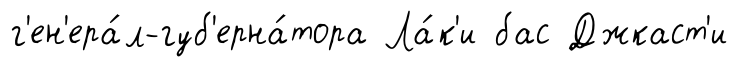
г'ен'ера́л-губ'ерна́тора Ла́к'и бас Джкаст'и